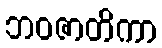
ဘဝဇာတိကာ